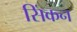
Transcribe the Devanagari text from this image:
सिंकन